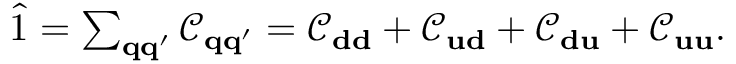
\begin{array} { r } { \hat { 1 } = \sum _ { \bf q q ^ { \prime } } \mathcal { C } _ { \bf q q ^ { \prime } } = \mathcal { C } _ { \bf d d } + \mathcal { C } _ { \bf u d } + \mathcal { C } _ { \bf d u } + \mathcal { C } _ { \bf u u } . } \end{array}